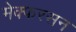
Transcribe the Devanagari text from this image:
मेक्फरसन